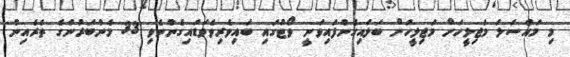
މި މައްސަލަ މަޖިލީހަށް މަޖިލީހަށް ބަލައިގެންފައިވަނީ ވޯޓުގައި ބައިވެރިވެވަޑައިގެންނެވި 33 މެންބަރުންގެ ތެރެއިން